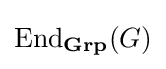
\operatorname {End} _{\mathbf {Grp} }(G)